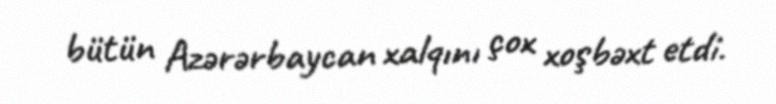
bütün Azərərbaycan xalqını çox xoşbəxt etdi.